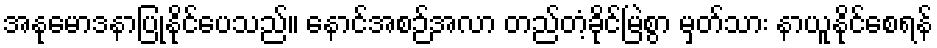
အနုမောဒနာပြုနိုင်ပေသည်။ နောင်အစဉ်အလာ တည်တံ့ခိုင်မြဲစွာ မှတ်သား နာယူနိုင်စေရန်